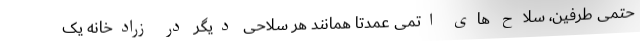
حتمی طرفین، سلاح های اتمی عمدتا همانند هر سلاحی دیگر در زرادخانه یک